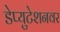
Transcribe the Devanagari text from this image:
डेप्युटेशनवर